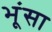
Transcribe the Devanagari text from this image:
भूंसा